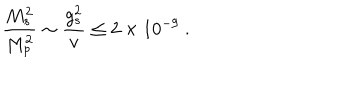
{ \frac { M _ { s } ^ { 2 } } { M _ { p } ^ { 2 } } } \sim { \frac { g _ { s } ^ { 2 } } { v } } \leq 2 \times 1 0 ^ { - 9 } \ .